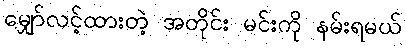
မျှော်လင့်ထားတဲ့ အတိုင်း မင်းကို နမ်းရမယ်